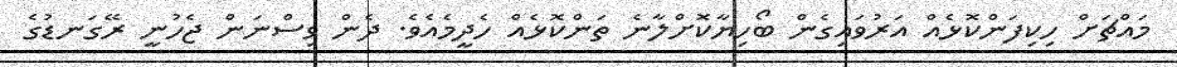
މައްޗަށް ހިކިފަންކޮޅެއް އަރުވައިގެން ބޯހިޔާކޮށްލާނެ ތަންކޮޅެއް ހެދީމެއެވެ. ދެން ވިސްނަން ޖެހުނީ ރޭގަނޑުގެ